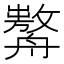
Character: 𦪰